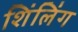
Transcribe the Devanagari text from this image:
शिंलिंग